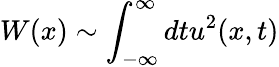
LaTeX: W(x)\sim\int_{-\infty}^{\infty}dtu^{2}(x,t)